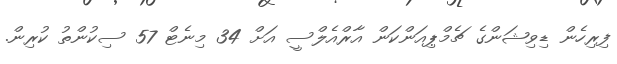
ފިރިހެން ޑިވިޝަންގެ ޗެމްޕިއަންކަން އާރްއެލްސީ އަށް 34 މިނެޓް 57 ސިކުންތު ކުރިން.